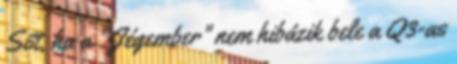
Sőt, ha a "Jégember" nem hibázik bele a Q3-as